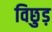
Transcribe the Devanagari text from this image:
विछुड़